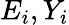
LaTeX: E_{i},Y_{i}